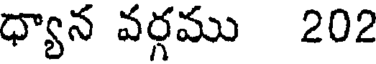
ధ్యాన వర్గము 202